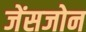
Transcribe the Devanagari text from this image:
जेंसजोन